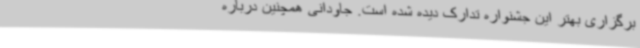
برگزاری بهتر این جشنواره تدارک دیده شده است. جاودانی همچنین درباره